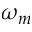
\omega _ { m }